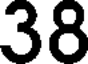
38